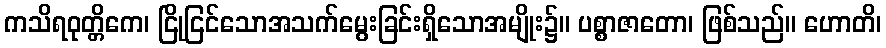
ကသိရဝုတ္တိကေ၊ ငြိုငြင်သောအသက်မွေးခြင်းရှိသောအမျိုး၌။ ပစ္စာဇာတော၊ ဖြစ်သည်။ ဟောတိ၊